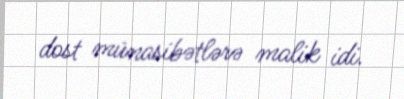
dost münasibətlərə malik idi.